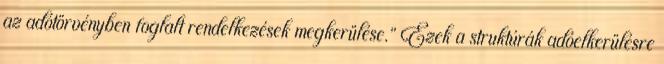
az adótörvényben foglalt rendelkezések megkerülése.” Ezek a struktúrák adóelkerülésre